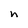
Character: n